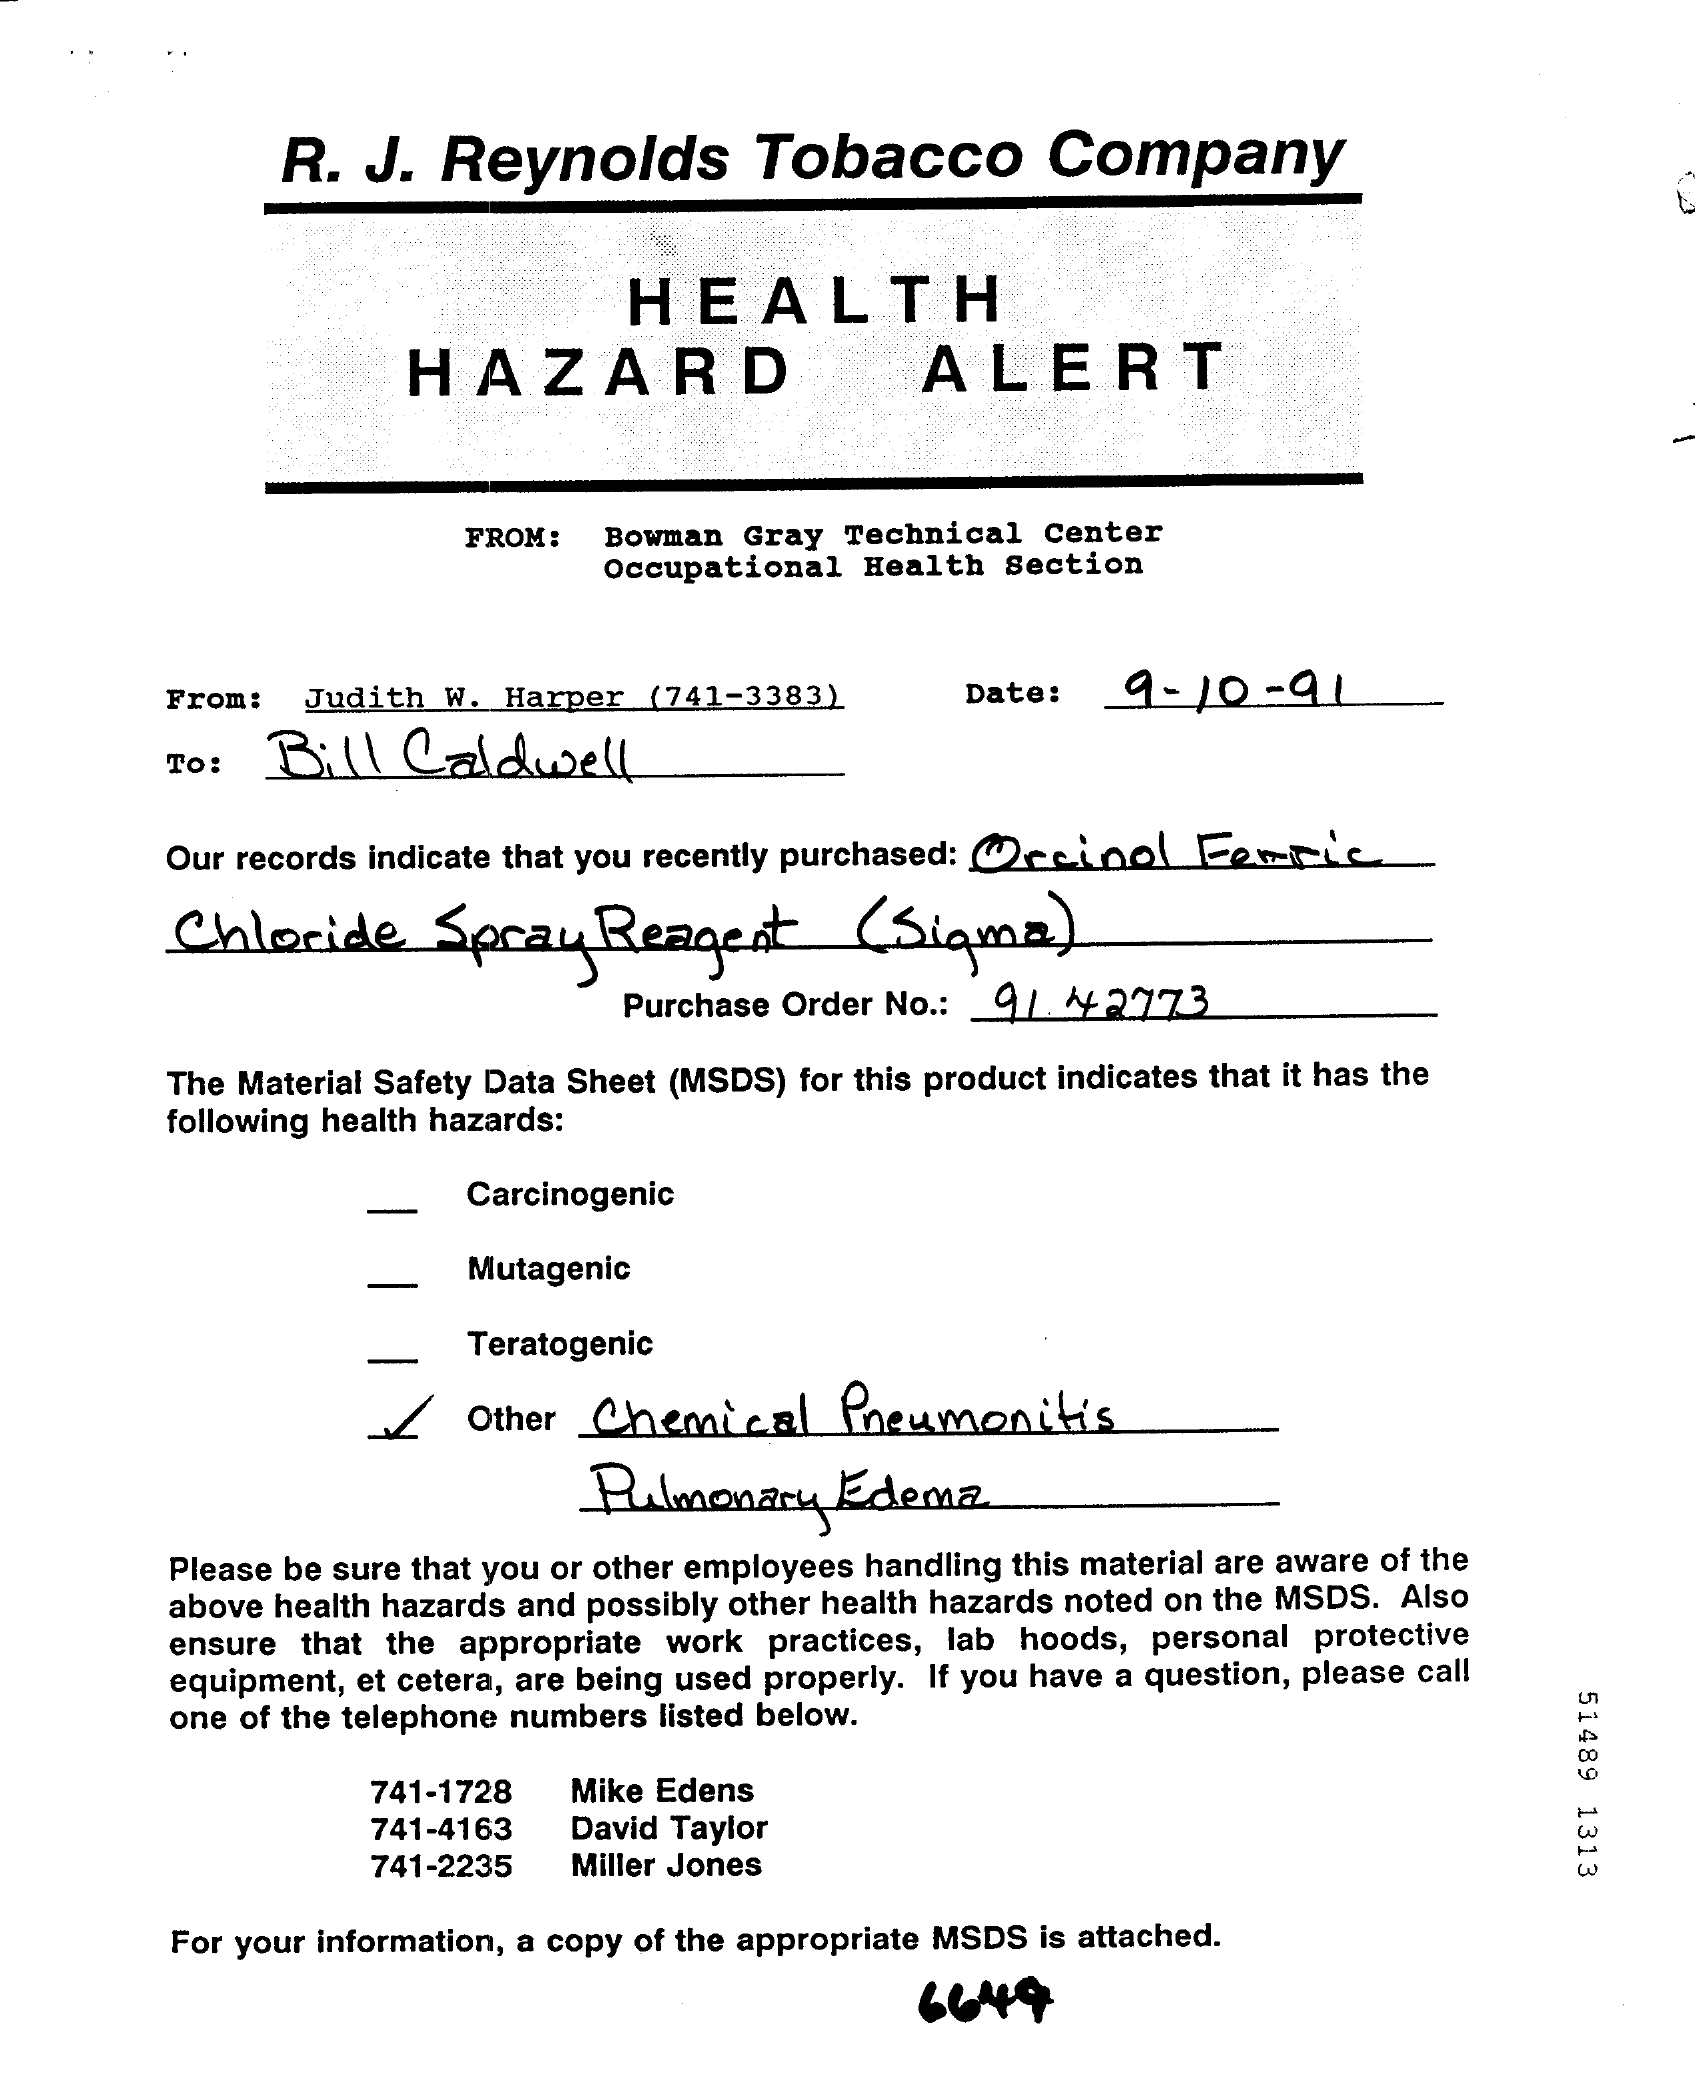
R.  J.  Reynolds    Tobacco    Company
     HEALTH
     HAZARD    ALERT
     FROM:  Bowman Gray  Technical Center
     Occupational  Health Section
     From:  Judith  W. Harper (741-3383)    Date:   9-10-91
     To:  Bill   Caldwell
     Our records indicate that you recently purchased: @ccino Fewpic
     Chloride    Spray   Reagent    ( Sigma    )
     Purchase Order No .: 91 42773
     The Material Safety Data Sheet (MSDS) for this product indicates that it has the
     following health hazards:
     -
     Carcinogenic
     Mutagenic
     Teratogenic
     Other Chemical    Pneumonitis
     Pulmonary    Edema
     Please be sure that you or other employees handling this material are aware of the
     above health hazards and possibly other health hazards noted on the MSDS. Also
     ensure that the appropriate work practices, lab hoods, personal protective
     equipment, et cetera, are being used properly. If you have a question, please call
     51489
     1313
     one of the telephone numbers listed below.
     741-1728  Mike Edens
     741-4163  David Taylor
     741-2235  Miller Jones
     For your information, a copy of the appropriate MSDS is attached.
     6649